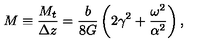
M \equiv \frac { M _ { t } } { \Delta z } = \frac { b } { 8 G } \left( 2 \gamma ^ { 2 } + \frac { \omega ^ { 2 } } { \alpha ^ { 2 } } \right) ,